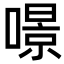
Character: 𠾶